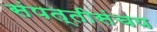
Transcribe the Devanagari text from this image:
संपत्तीसंचय